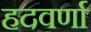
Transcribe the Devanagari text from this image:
हदवर्णा